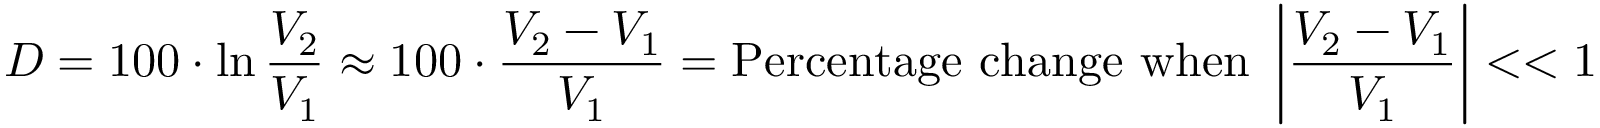
D = 1 0 0 \cdot \ln { \frac { V _ { 2 } } { V _ { 1 } } } \approx 1 0 0 \cdot { \frac { V _ { 2 } - V _ { 1 } } { V _ { 1 } } } = { \mathrm { P e r c e n t a g e ~ c h a n g e } } { \mathrm { ~ w h e n ~ } } \left| { \frac { V _ { 2 } - V _ { 1 } } { V _ { 1 } } } \right| < < 1